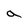
Character: a